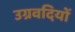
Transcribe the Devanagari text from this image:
उग्रवदियों